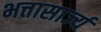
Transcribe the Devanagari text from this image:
भत्तासार्ज्य